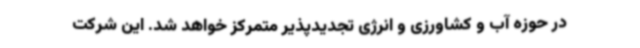
در حوزه آب و کشاورزی و انرژی تجدیدپذیر متمرکز خواهد شد. این شرکت